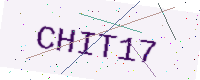
Text: CHIT17